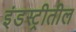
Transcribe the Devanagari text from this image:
इंडस्ट्रीतील